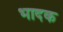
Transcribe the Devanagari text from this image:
भादक